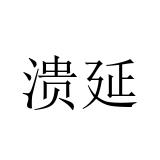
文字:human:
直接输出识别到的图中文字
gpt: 溃延